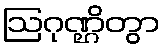
ဩဂုဏ္ဌိတွာ